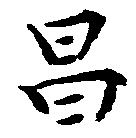
昌